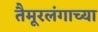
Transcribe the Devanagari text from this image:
तैमूरलंगाच्या